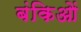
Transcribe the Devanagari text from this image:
बंकिओं